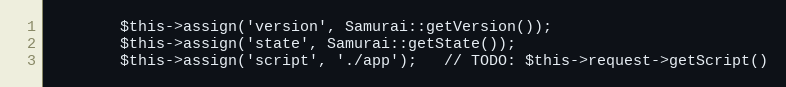
Language: PHP
        $this->assign('version', Samurai::getVersion());
        $this->assign('state', Samurai::getState());
        $this->assign('script', './app');   // TODO: $this->request->getScript()